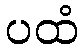
ပထံ